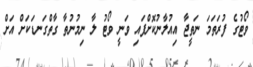
ވޯޓުގެ ފުރަތަމަ ނަތީޖާ އިއުލާނުކޮށްފައި ވަނީ ވޯޓު ލާ ނިމުނުތާ ގާތްގަނޑަކަށް އަށް